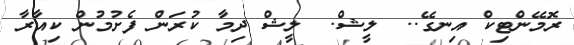
ރޮމޭންޓިކް އިނގޭ..  ލީޝް.  ލީޝް ދިމާ ކުރަން ފެށުމުން ކިއާރާ